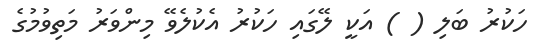
ހަކުރު ބަލި ( ) އަކީ ލޭގައި ހަކުރު އެކުލެވޭ މިންވަރު މަތިވުމުގެ